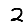
Digit: 2